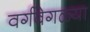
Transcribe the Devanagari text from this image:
वर्गवेगळ्या